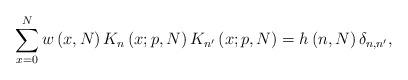
LaTeX: \begin{align*}\sum_{x = 0}^N {w\left( {x,N} \right)K_n \left( {x;p,N} \right)K_{n'} \left( {x;p,N} \right)} = h\left( {n,N} \right)\delta _{n,n'} ,\end{align*}